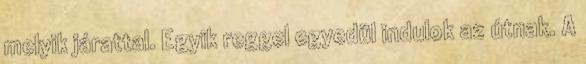
melyik járattal. Egyik reggel egyedül indulok az útnak. A